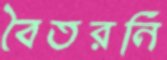
বৈতরনি